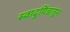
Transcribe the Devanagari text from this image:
स्वादुपिंडातून